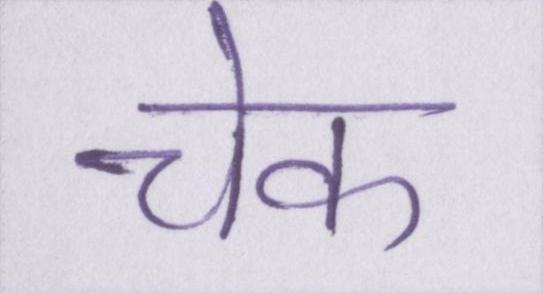
चेक